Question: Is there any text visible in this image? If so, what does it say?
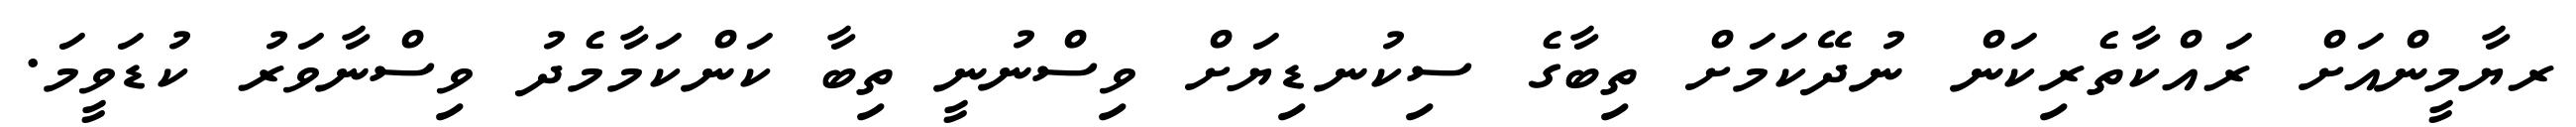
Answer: ރޔާމީންއަށް ރައްކާތެރިކަން ނުދޭކަމަށް ތިބާގެ ސިކުނޑިޔަށް ވިސްނުނީ ތިބާ ކަންކަމާމެދު ވިސްނާވަރު ކުޑަވީމަ.